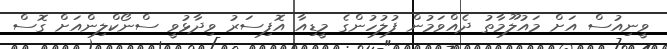
ވީނިއުސް އަށް މައުލޫމާތު ދެއްވަމުން ފުލުހުންގެ މީޑިއާ އޮފިސަރު ވިދާޅުވީ ސްނޯކްލިންއަށް ގޮސް